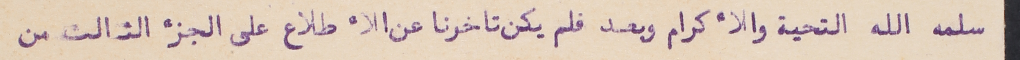
سلمه الله التحية والأكرام وبعد فلم يكن تاخرنا عن الأطلاع على الجزء الثالث من